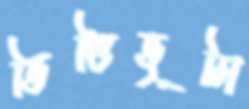
ভিত্তিভূমি